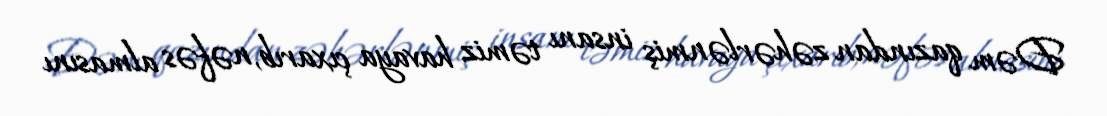
Dəm qazından zəhərlənmiş insanı təmiz havaya çıxarıb, nəfəs almasını